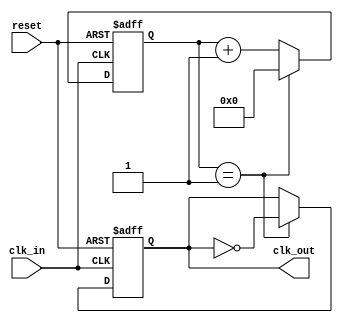
module clock_divider (
    input wire clk_in,
    input wire reset,
    output wire clk_out
);

parameter DIV_RATIO = 2;

reg [31:0] count;
reg toggle;

always @ (posedge clk_in or posedge reset) begin
    if (reset) begin
        count <= 0;
        toggle <= 0;
    end
    else begin
        if (count == DIV_RATIO - 1) begin
            count <= 0;
            toggle <= ~toggle;
        end
        else begin
            count <= count + 1;
        end
    end
end

assign clk_out = toggle;

endmodule